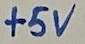
Text: +5V